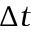
\Delta t